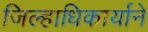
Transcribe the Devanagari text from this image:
जिल्हाधिकार्याने